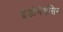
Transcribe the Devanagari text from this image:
इंडोमेथॅसिन